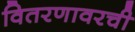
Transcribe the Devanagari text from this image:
वितरणावरची